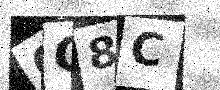
Text: 6G8C